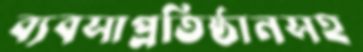
ব্যবসাপ্রতিষ্ঠানসহ